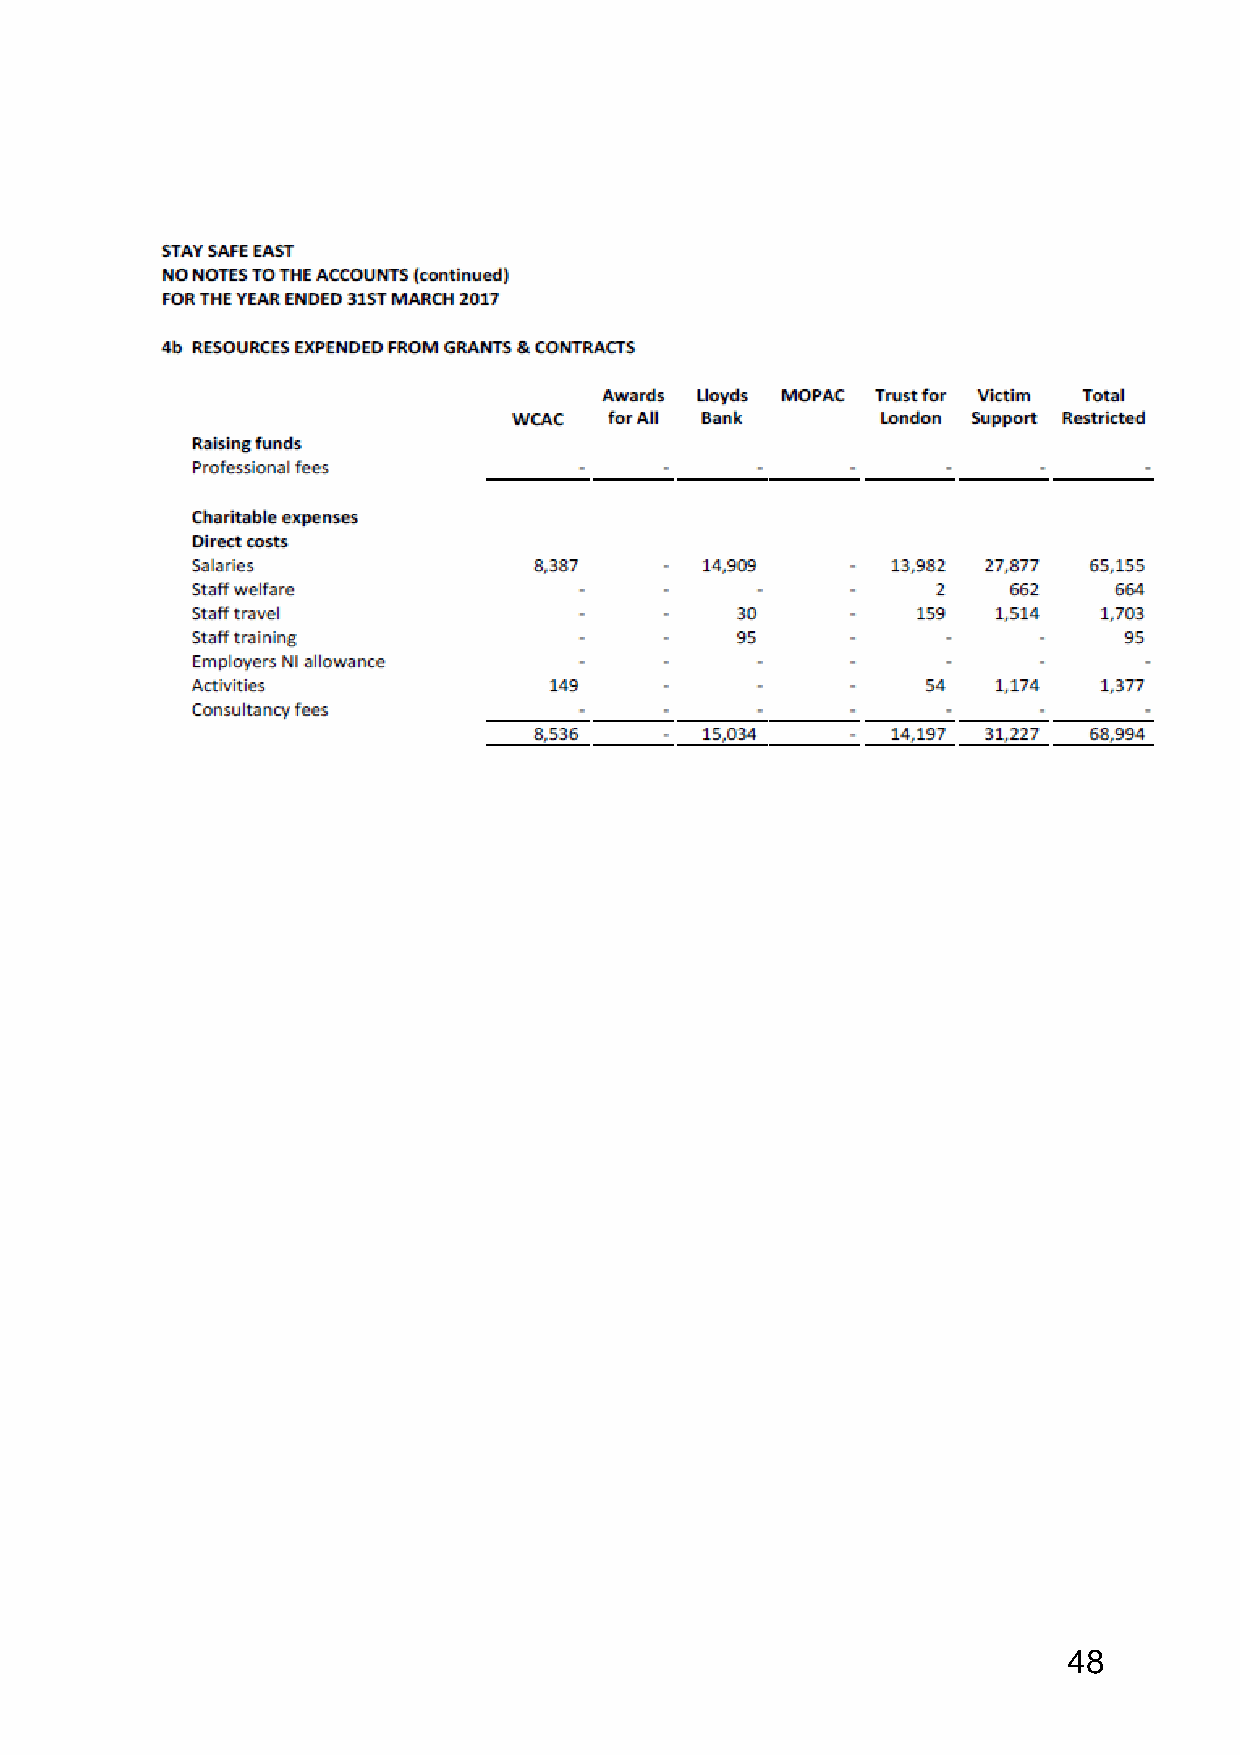
48